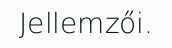
Jellemzői.